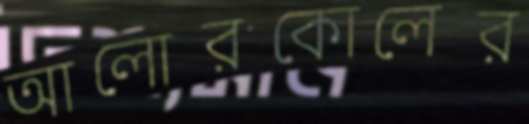
আলোরকোলের